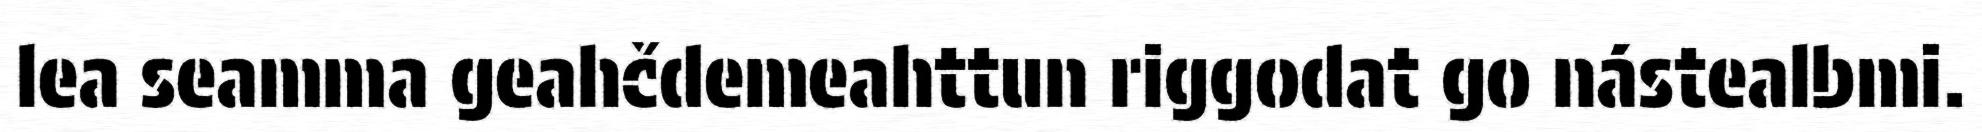
lea seamma geahčdemeahttun riggodat go nástealbmi.